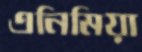
এনিমিয়া